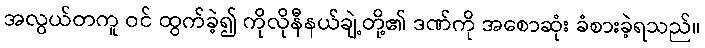
အလွယ်တကူ ဝင် ထွက်ခဲ့၍ ကိုလိုနီနယ်ချဲ့တို့၏ ဒဏ်ကို အစောဆုံး ခံစားခဲ့ရသည်။